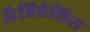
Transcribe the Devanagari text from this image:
लैबिऐलिस